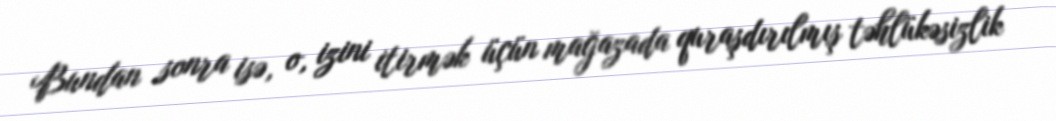
Bundan sonra isə, o, izini itirmək üçün mağazada quraşdırılmış təhlükəsizlik